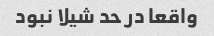
واقعا در حد شیلا نبود